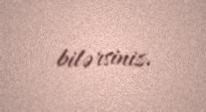
bilərsiniz.